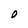
Character: O